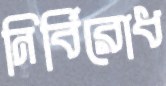
নির্বিরোধ